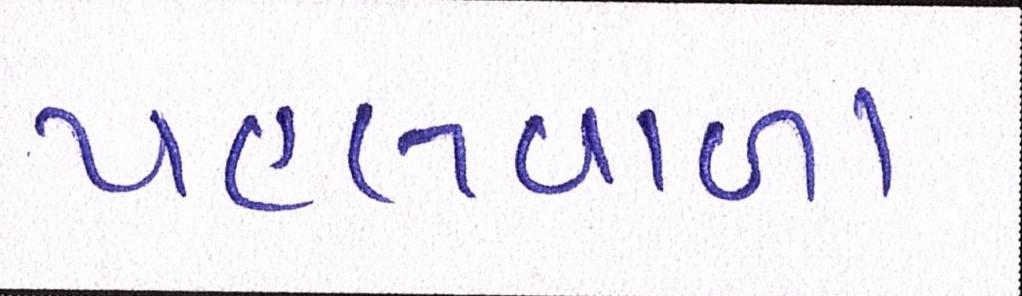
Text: પહલવાળા